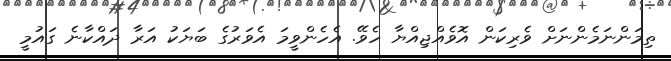
ތިމަންނަމެންނަށް ވެރިކަން އޮވެއްޖިއްޔާ ހެވޭ. އެހެންވީމަ އެވަރުގެ ބަޔަކު އަރާ ދައްކާނެ ގައުމީ